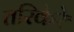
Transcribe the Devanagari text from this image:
तरिकेरे